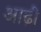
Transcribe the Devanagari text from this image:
आढ़ी